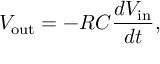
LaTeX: V _ { \mathrm { o u t } } = - R C { \frac { d V _ { \mathrm { i n } } } { d t } } ,